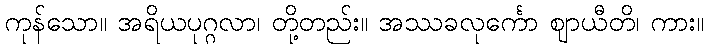
ကုန်သော။ အရိယပုဂ္ဂလာ၊ တို့တည်း။ အဿခလုင်္ကော ဈာယီတိ၊ ကား။